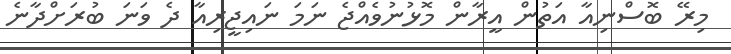
މިރޭ ބޮސްނިއާ އަތުން އީރާން މޮޅުނުވެއްޖެ ނަމަ ނައިޖީރިއާ ދެ ވަނަ ބުރަށްދާނެ